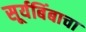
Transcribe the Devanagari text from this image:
सूर्यबिंबाचा